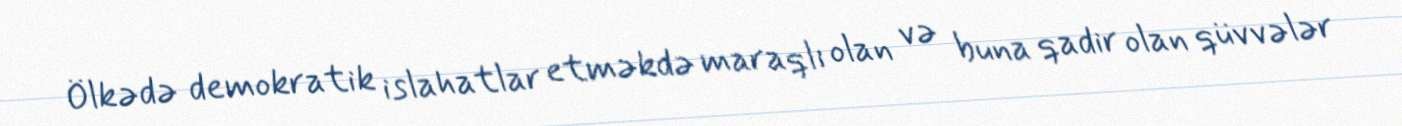
Ölkədə demokratik islahatlar etməkdə maraqlı olan və buna qadir olan qüvvələr